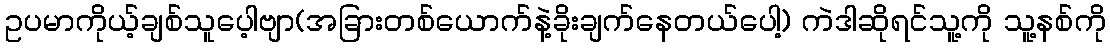
ဥပမာကိုယ့်ချစ်သူပေ့ါဗျာ(အခြားတစ်ယောက်နဲ့ခိုးချက်နေတယ်ပေါ့) ကဲဒါဆိုရင်သူ့ကို သူ့နစ်ကို